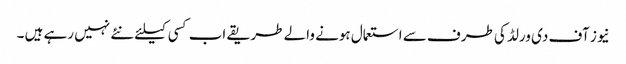
نیوز آف دی ورلڈ کی طرف سے استعمال ہونے والے طریقے اب کسی کیلئے نئے نہیں رہے ہیں ۔